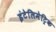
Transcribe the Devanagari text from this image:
इंटेलिमेट्रिक